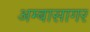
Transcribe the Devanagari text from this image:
अम्बासागर